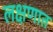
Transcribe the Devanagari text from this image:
लक्षणात